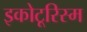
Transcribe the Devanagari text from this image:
इकोटूरिस्म